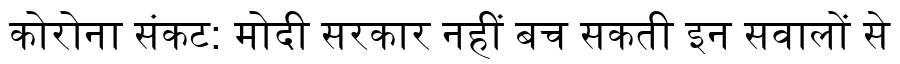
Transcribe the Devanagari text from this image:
कोरोना संकट: मोदी सरकार नहीं बच सकती इन सवालों से